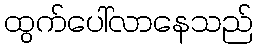
ထွက်ပေါ်လာနေသည်